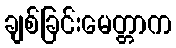
ချစ်ခြင်းမေတ္တာက